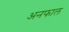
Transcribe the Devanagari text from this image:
अनफाल